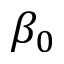
\beta _ { 0 }